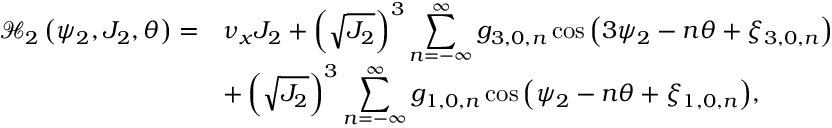
\begin{array} { c l } { \mathcal { H } _ { 2 } \left( \psi _ { 2 } , J _ { 2 } , \theta \right) = } & { \nu _ { x } J _ { 2 } + \left( \sqrt { J _ { 2 } } \right) ^ { 3 } \displaystyle \sum _ { n = - \infty } ^ { \infty } { g _ { 3 , 0 , n } \cos { \left( 3 \psi _ { 2 } - n \theta + \xi _ { 3 , 0 , n } \right) } } } \\ & { + \left( \sqrt { J _ { 2 } } \right) ^ { 3 } \displaystyle \sum _ { n = - \infty } ^ { \infty } { g _ { 1 , 0 , n } \cos { \left( \psi _ { 2 } - n \theta + \xi _ { 1 , 0 , n } \right) } } , } \end{array}